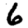
Digit: 6